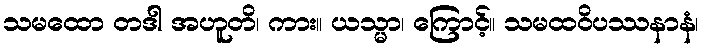
သမထော တဒါ အဟူတိ၊ ကား။ ယသ္မာ၊ ကြောင့်။ သမထဝိပဿနာနံ၊